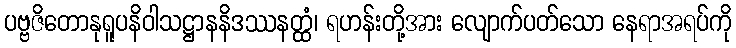
ပဗ္ဗဇိတောနုရူပနိဝါသဋ္ဌာနနိဒဿနတ္ထံ၊ ရဟန်းတို့အား လျောက်ပတ်သော နေရာအရပ်ကို